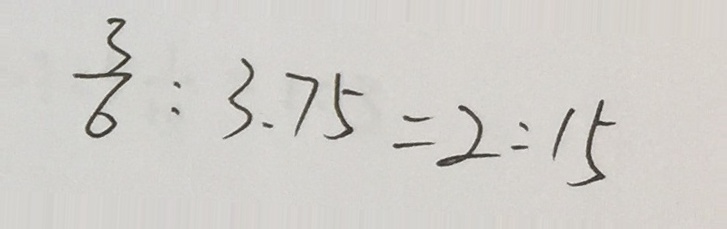
\frac { 3 } { 6 } : 3 . 7 5 = 2 : 1 5